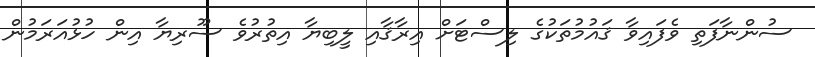
ސުންނާފަތި ވެފައިވާ ޤައުމުތަކުގެ ލިސްޓަށް އިރާޤާއި ލީބިޔާ އިތުރުވެ ސޫރިޔާ އިން ހުޅުއަރަމުން